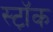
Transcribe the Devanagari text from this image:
स्ट़ॉक